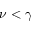
\nu < \gamma